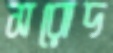
সরোদ